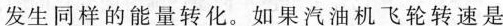
发生同样的能量转化。如果汽油机飞轮转速是